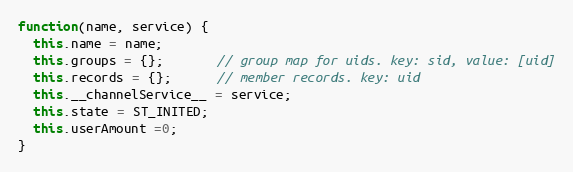
Language: JavaScript
function(name, service) {
  this.name = name;
  this.groups = {};       // group map for uids. key: sid, value: [uid]
  this.records = {};      // member records. key: uid
  this.__channelService__ = service;
  this.state = ST_INITED;
  this.userAmount =0;
}